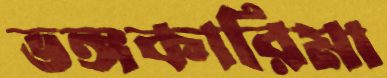
ভঙ্গকারিমা